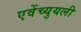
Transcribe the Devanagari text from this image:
एवेंच्युयली